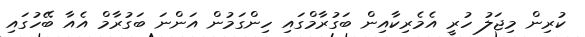
ކުރިން މިޖަލު ހުރީ އެމެރިކާއިން ބަގުރާމްގައި ހިންގަމުން އަންނަ ބަގުރާމް އެއާ ބޭހުގައި